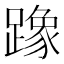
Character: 𫏡